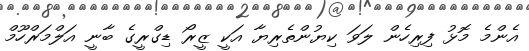
އެންމެ މޮޅު ފިރިހެން ލަވަ ކިޔުންތެރިޔާ އަކީ ޒީރޯ ޑިގްރީގެ ބާނީ އަލްމަރްހޫމް